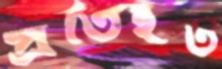
প্রতিহত